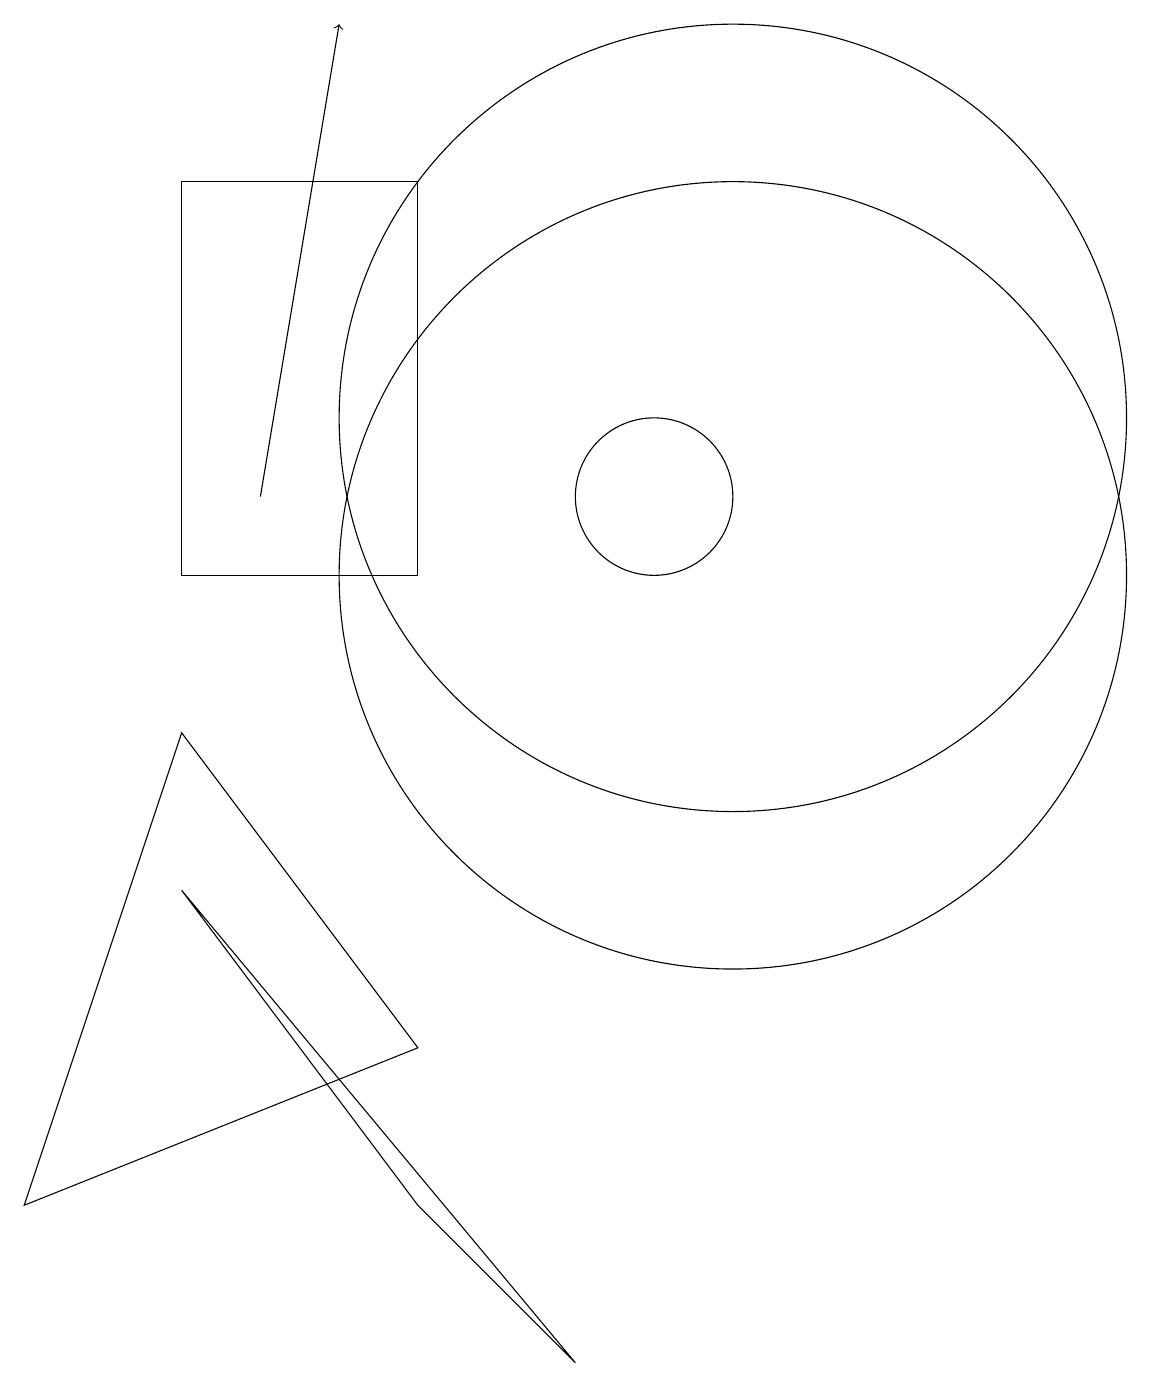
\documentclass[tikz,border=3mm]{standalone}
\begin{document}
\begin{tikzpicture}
\draw[->] (5,11) -- (6,17);
\draw (7,2) -- (9,0) -- (4,6) -- cycle;
\draw (4,15) rectangle (7,10);
\draw (11,12) circle (5);
\draw (11,10) circle (5);
\draw (7,4) -- (2,2) -- (4,8) -- cycle;
\draw (10,11) circle (1);
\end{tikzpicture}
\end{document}